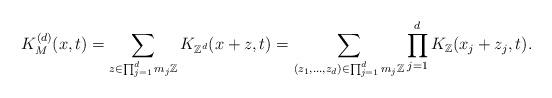
LaTeX: \begin{align*} K^{(d)}_M(x,t)=\sum_{z\in\prod^{d}_{j=1}m_j\mathbb{Z}}K_{\mathbb{Z}^d}(x+z,t)=\sum_{(z_1,\ldots,z_d)\in\prod^{d}_{j=1}m_j\mathbb{Z}}\prod^{d}_{j=1}K_{\mathbb{Z}}(x_j+z_j,t).\end{align*}